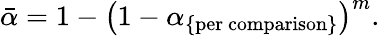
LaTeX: {\bar{\alpha}}=1-\left(1-\alpha_{\{ {\mathrm{per~comparison}}\} }\right)^{m}.